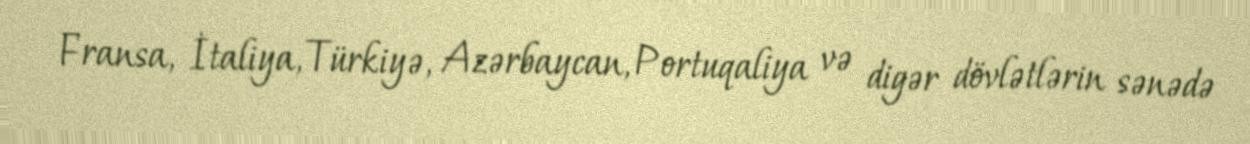
Fransa, İtaliya, Türkiyə, Azərbaycan, Portuqaliya və digər dövlətlərin sənədə